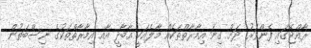
ރާއްޖޭގައި ފެންވަރު ދަށް ގިނަ އިމާރާތްތަކެއް މާލެއަކީ އާބާދީ އާއި އިމާރާތްތަކުގެ ނިސްބަތުން